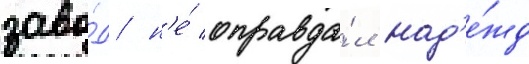
заво́д н'е́ оправда́л над'е́жд